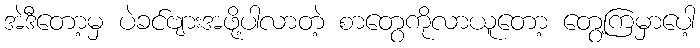
အဲဒီတော့မှ ပဲခင်ဗျားအဖို့ပါလာတဲ့ စာတွေကိုလာယူတော့ တွေ့ကြမှာပေါ့